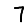
Digit: 7